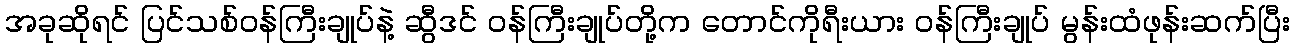
အခုဆိုရင် ပြင်သစ်ဝန်ကြီးချုပ်နဲ့ ဆွီဒင် ဝန်ကြီးချုပ်တို့က တောင်ကိုရီးယား ဝန်ကြီးချုပ် မွန်းထံဖုန်းဆက်ပြီး